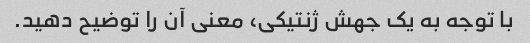
با توجه به یک جهش ژنتیکی، معنی آن را توضیح دهید.